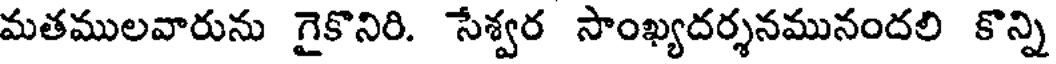
మతములవారును గైకొనిరి. సేశ్వర సాంఖ్యదర్శనమునందలి కొన్ని